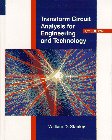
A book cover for Transform Circuit Analysis for Engineering and Technology (Electronic Technology); William D. Stanley; Science & Math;